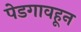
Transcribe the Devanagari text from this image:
पेडगावहून